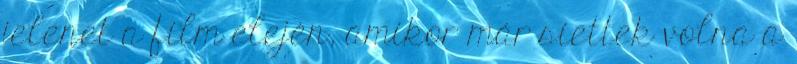
jelenet a film elején, amikor már siettek volna a